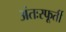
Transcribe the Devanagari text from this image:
अंतःस्फूर्ती